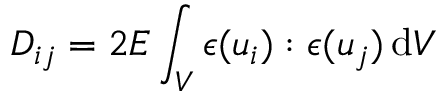
\boldsymbol { D } _ { i j } = 2 E \int _ { V } \boldsymbol { \epsilon } ( \boldsymbol { u } _ { i } ) : \boldsymbol { \epsilon } ( \boldsymbol { u } _ { j } ) \, \mathrm { d } V